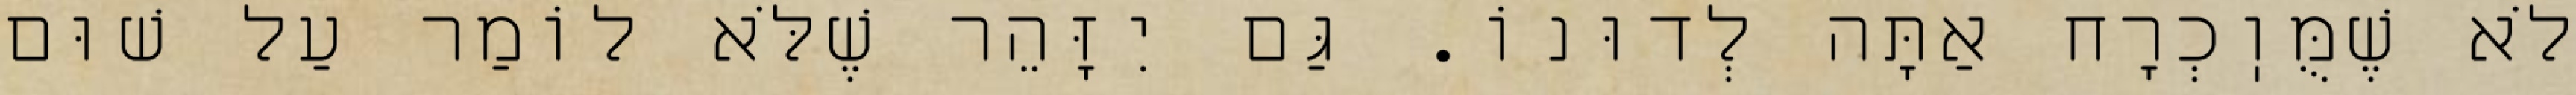
לֹא שֶׁמֻּוֽכְרָח אַתָּה לְדוּנוֹ. גַּם יִזָּהֵר שֶׁלֹּא לוֹמַר עַל שׁוּם